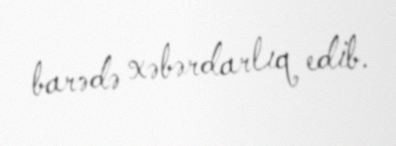
barədə xəbərdarlıq edib.